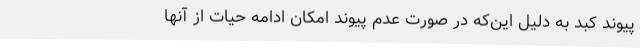
پیوند کبد به دلیل این‌که در صورت عدم پیوند امکان ادامه حیات از آنها